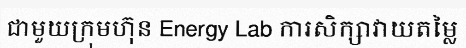
ជាមួយក្រុមហ៊ុន Energy Lab ការសិក្សាវាយតម្លៃ